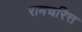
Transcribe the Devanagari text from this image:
रामचरित्त